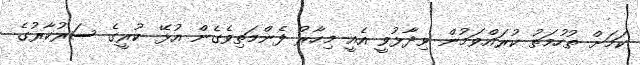
ކަމަށް ތުހުމަތު ކުރައްވަމުން ވިދާޅުވީ އެއީ މިހާރު ފެންމަތިވެގެން އުޅޭ ކުރީގެ ސަރުކާރުގެ